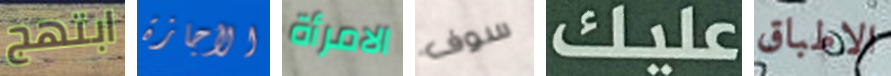
ابتهج الأجازة الامرأة سوف عليك الاطباق